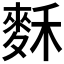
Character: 𪌗